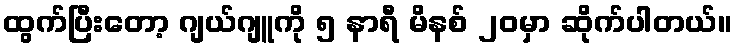
ထွက်ပြီးတော့ ဂျယ်ဂျူကို ၅ နာရီ မိနစ် ၂၀မှာ ဆိုက်ပါတယ်။